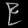
Digit: ၉